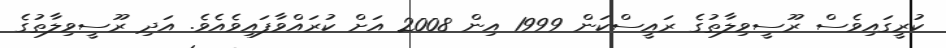
ކުރީގައިވެސް ރޫސީވިލާތުގެ ރައީސްކަން 1999 އިން 2008 އަށް ކުރައްވާފައިވެއެވެ. އަދި ރޫސީވިލާތުގެ